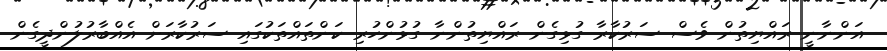
އަންނާނީ ރައްޔިތުން ވެސް ސަރުކާރާ ގުޅިގެން ރައްޔިތުންނާ ގުޅުންހުރި ކަންތައްތަކުގައި ސަރުކާރަށް އެއްބާރުލުންދީގެން